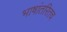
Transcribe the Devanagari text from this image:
भाषांतरितच